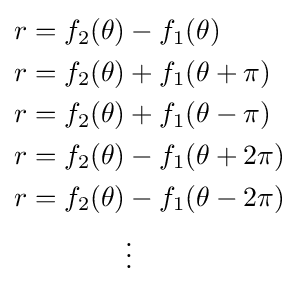
{\begin{aligned}&r=f_{2}(\theta )-f_{1}(\theta )\\&r=f_{2}(\theta )+f_{1}(\theta +\pi )\\&r=f_{2}(\theta )+f_{1}(\theta -\pi )\\&r=f_{2}(\theta )-f_{1}(\theta +2\pi )\\&r=f_{2}(\theta )-f_{1}(\theta -2\pi )\\&\qquad \qquad \vdots \end{aligned}}